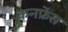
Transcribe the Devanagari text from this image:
कनफ्रेंस